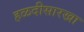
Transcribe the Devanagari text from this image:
हळदीसारखा